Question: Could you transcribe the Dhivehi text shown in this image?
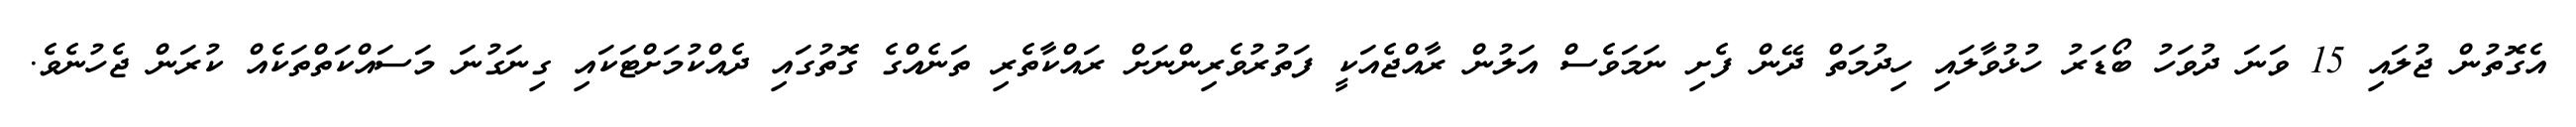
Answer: އެގޮތުން ޖުލައި 15 ވަނަ ދުވަހު ބޯޑަރު ހުޅުވާލައި ހިދުމަތް ދޭން ފެށި ނަމަވެސް އަލުން ރާއްޖެއަކީ ފަތުރުވެރިންނަށް ރައްކާތެރި ތަނެއްގެ ގޮތުގައި ދެއްކުމަށްޓަކައި ގިނަގުނަ މަސައްކަތްތަކެއް ކުރަން ޖެހުނެވެ.